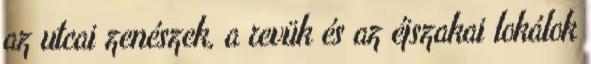
az utcai zenészek, a revük és az éjszakai lokálok